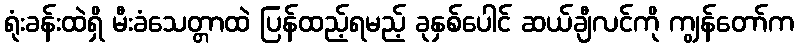
ရုံးခန်းထဲရှိ မီးခံသေတ္တာထဲ ပြန်ထည့်ရမည့် ခုနှစ်ပေါင် ဆယ်ချီလင်ကို ကျွန်တော်က